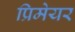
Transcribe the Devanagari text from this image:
प्रिमेयर